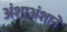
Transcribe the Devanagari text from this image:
अंशाअंशाने